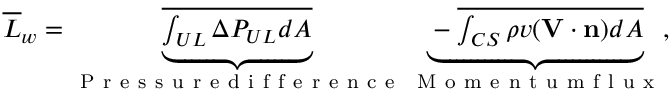
\begin{array} { r } { \overline { { L } } _ { w } = \underbrace { \overline { { \int _ { U L } \Delta P _ { U L } d A } } } _ { \mathrm { ~ P ~ r ~ e ~ s ~ s ~ u ~ r ~ e ~ d ~ i ~ f ~ f ~ e ~ r ~ e ~ n ~ c ~ e ~ } } \underbrace { - \overline { { \int _ { C S } \rho v ( \mathbf { V } \cdot \mathbf { n } ) d A } } } _ { \mathrm { ~ M ~ o ~ m ~ e ~ n ~ t ~ u ~ m ~ f ~ l ~ u ~ x ~ } } , } \end{array}